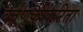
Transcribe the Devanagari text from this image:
वर्तणुकीकरिता